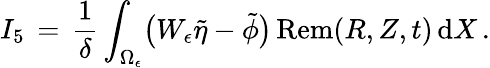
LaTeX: I_{5}\, =\, \frac{1}{\delta}\int_{\Omega_{\epsilon}}\bigl(W_{\epsilon}\tilde{\eta}-\tilde{\phi}\bigr)\, \mathrm{Rem}(R,Z,t)\, \mathrm{d}X\, .